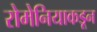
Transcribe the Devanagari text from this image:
रोमेनियाकडून